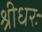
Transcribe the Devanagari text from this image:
श्रीधरः